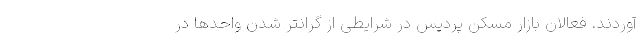
آوردند. فعالان بازار مسکن پردیس در شرایطی از گرانتر شدن واحدها در